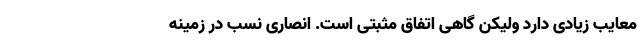
معایب زیادی دارد ولیکن گاهی اتفاق مثبتی است. انصاری نسب در زمینه